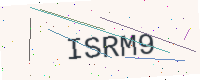
Text: ISRM9